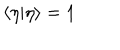
\langle \eta | \eta \rangle = 1